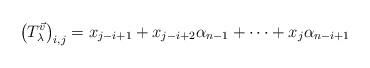
LaTeX: \begin{align*} \left( T_\lambda^{\vec{v}} \right)_{i,j} = x_{j-i + 1} + x_{j-i+2} \alpha_{n-1} + \dots + x_j \alpha_{n-i+1}\end{align*}